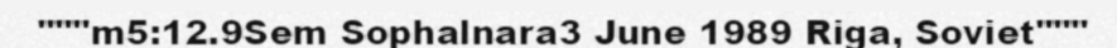
"""m5:12.9Sem Sophalnara3 June 1989 Riga, Soviet"""